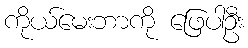
ကိုယ်မေးဘာကို ဖြေပါဦး